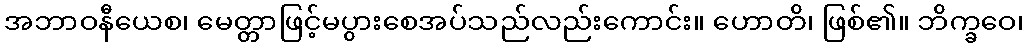
အဘာဝနီယေစ၊ မေတ္တာဖြင့်မပွားစေအပ်သည်လည်းကောင်း။ ဟောတိ၊ ဖြစ်၏။ ဘိက္ခဝေ၊